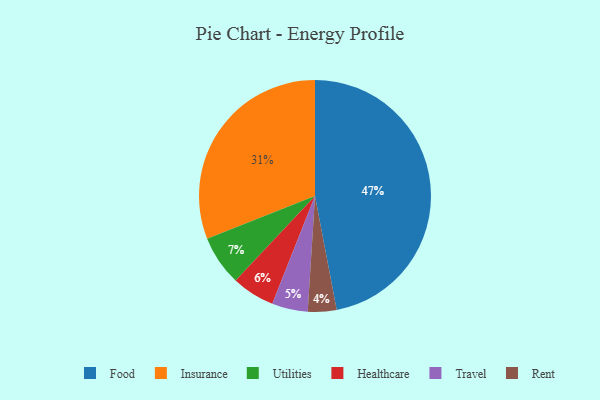
{"axis": {"x": "Category", "y": "Percentage"}, "legend": ["Food", "Healthcare", "Insurance", "Rent", "Travel", "Utilities"], "data": [{"x": "Food", "y": 47, "type": "Food"}, {"x": "Insurance", "y": 31, "type": "Insurance"}, {"x": "Rent", "y": 4, "type": "Rent"}, {"x": "Healthcare", "y": 6, "type": "Healthcare"}, {"x": "Utilities", "y": 7, "type": "Utilities"}, {"x": "Travel", "y": 5, "type": "Travel"}]}